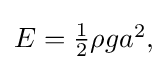
{\textstyle E={\frac {1}{2}}\rho ga^{2},}